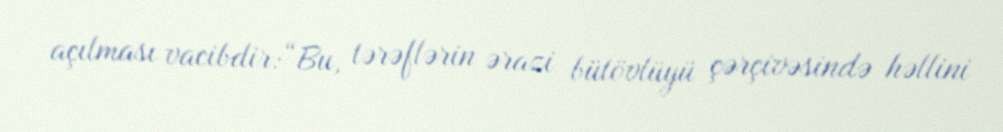
açılması vacibdir:“Bu, tərəflərin ərazi bütövlüyü çərçivəsində həllini